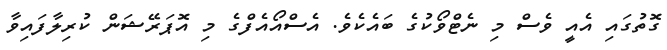
ގޮތުގައި އެއީ ވެސް މި ނެޓްވޯކުގެ ބައެކެވެ. އެސްއޯއެފްގެ މި އޮޕަރޭޝަން ކުރިލާފައިވާ